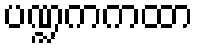
ပဏ္ဍကကထာ